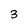
Character: 3